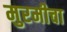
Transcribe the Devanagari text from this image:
मुरमीचा